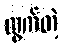
ထွက်တဲ့